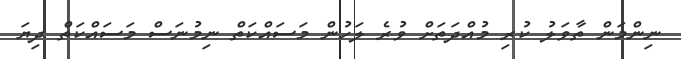
ނިންމަން ތާވަލު ކުރި މުއްދަތަށް ވުރެ ލަހުން މަސައްކަތް ނިމުނަސް މަސައްކަތް ދިޔަ